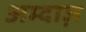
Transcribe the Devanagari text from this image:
अम्दाज़